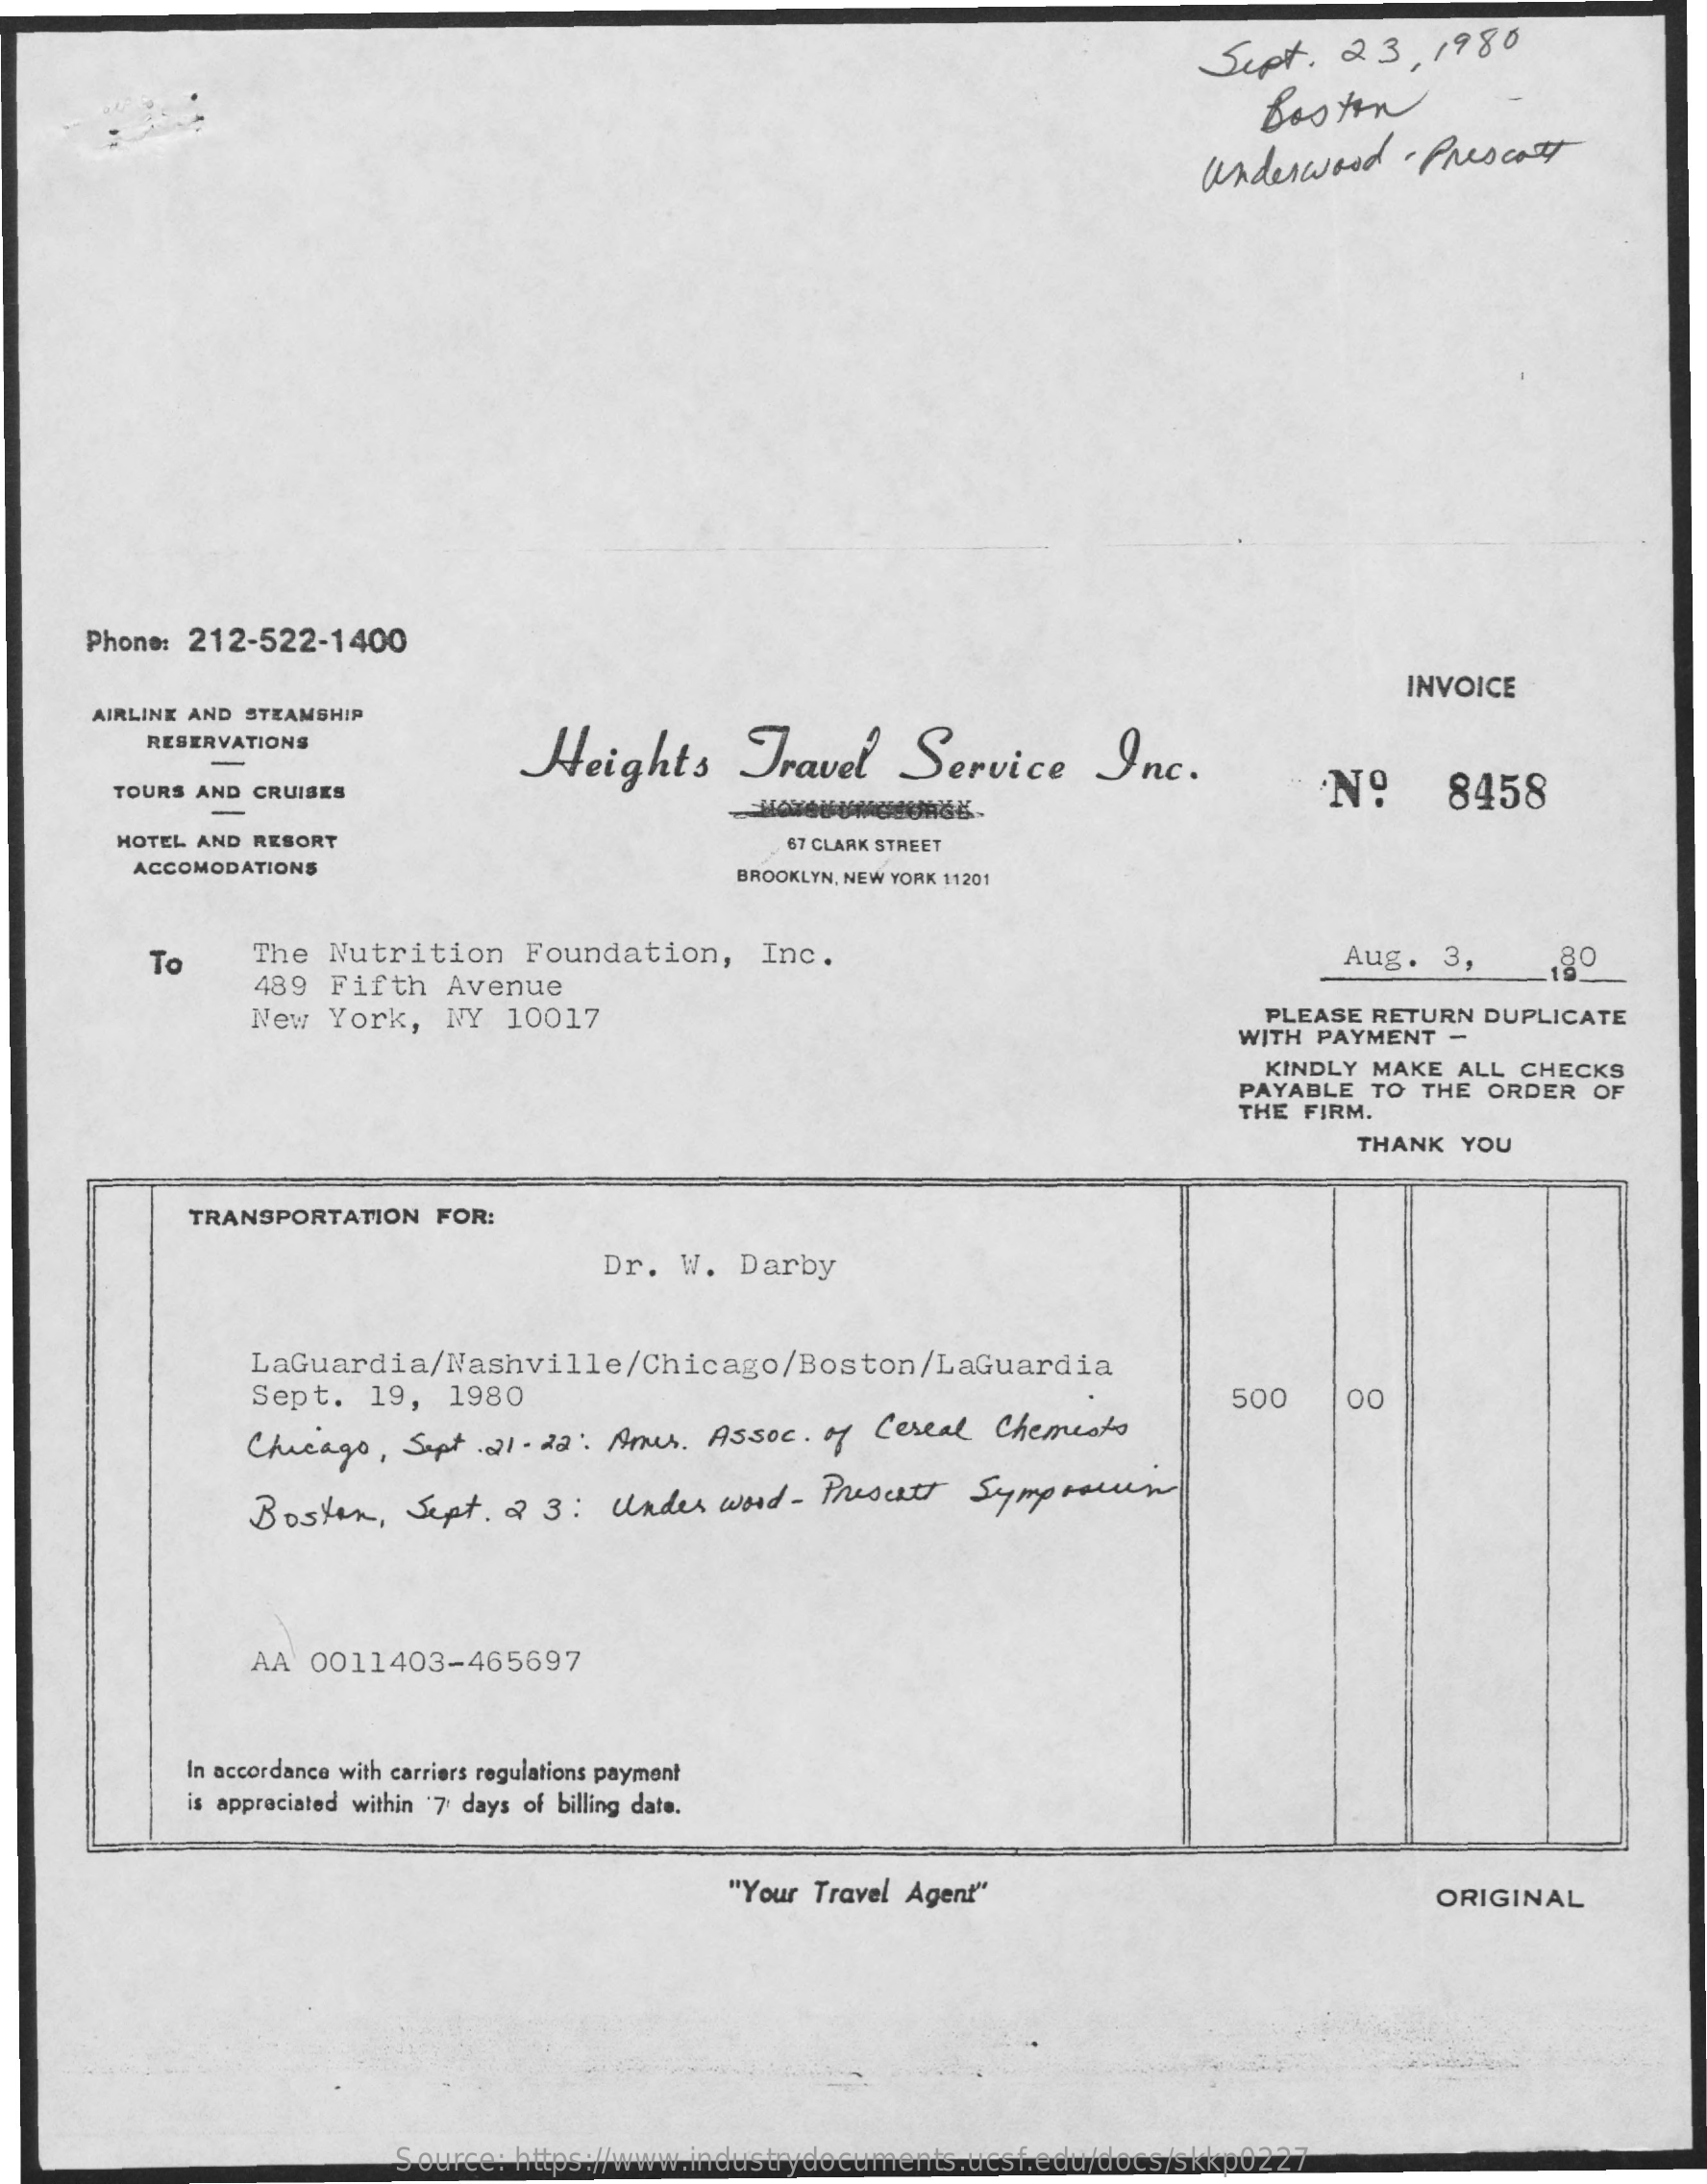
Sept.   23,   1980
     Boston
     underwood   . Prescott
     Phone: 212-522-1400
     INVOICE
     AIRLINE AND STEAMSHIP
     RESERVATIONS
     Heights    Travel    Service    Inc. -
     TOURS AND CRUISES    Nº    8458
     HOTEL AND RESORT    67 CLARK STREET
     ACCOMODATIONS    BROOKLYN, NEW YORK 11201
     To    The Nutrition    Foundation,    Inc.
     489 Fifth   Avenue
     Aug.  3,    .80
     New York,   NY  10017    PLEASE RETURN DUPLICATE
     WITH PAYMENT  -
     KINDLY MAKE ALL CHECKS
     PAYABLE  TO THE ORDER  OF
     THE FIRM.
     THANK  YOU
     TRANSPORTATION FOR:
     Dr.  W.  Darby
     LaGuardia/Nashville/Chicago/Boston/LaGuardia
     Sept.  19,  1980    500    00
     Chicago,  Sept. 21- 22: Amer. Assoc. of Cereal  Chements
     Boston,   Sept.  2 3:  Under  word-  Prescott Symp   marcen
     AA  0011403-465697
     In accordance with carriers regulations payment
     is appreciated within '7 days of billing date.
     "Your Travel Agent"    ORIGINAL
     Source: https://www.industrydocuments.ucsf.edu/docs/skkp0227